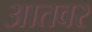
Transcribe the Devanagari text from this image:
आतवर